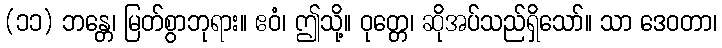
(၁၁) ဘန္တေ၊ မြတ်စွာဘုရား။ ဧဝံ၊ ဤသို့။ ဝုတ္တေ၊ ဆိုအပ်သည်ရှိသော်။ သာ ဒေဝတာ၊